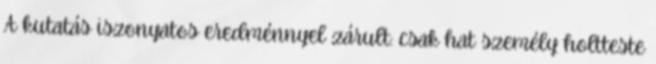
A kutatás iszonyatos eredménnyel zárult: csak hat személy holtteste